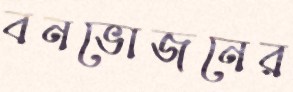
বনভোজনের